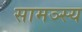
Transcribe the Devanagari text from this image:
सामञ्स्य